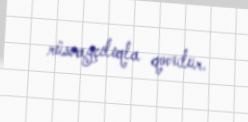
rüsvayçılıqla qovulur.